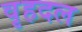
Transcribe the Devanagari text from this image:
वृहदल